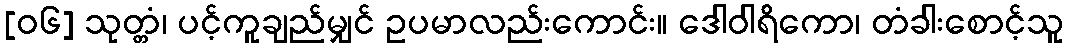
[၀၆] သုတ္တံ၊ ပင့်ကူချည်မျှင် ဥပမာလည်းကောင်း။ ဒေါဝါရိကော၊ တံခါးစောင့်သူ